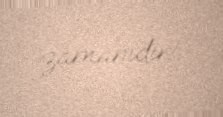
zamanıdır!.